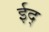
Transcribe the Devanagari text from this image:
ईद्